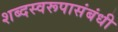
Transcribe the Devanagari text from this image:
शब्दस्वरूपासंबंधी